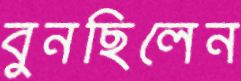
বুনছিলেন